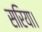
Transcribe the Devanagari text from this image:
सरिया।